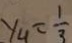
y _ { 4 } = \frac { 1 } { 3 }